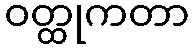
ဝတ္ထုကတာ